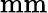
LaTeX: \mathrm{mm}